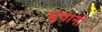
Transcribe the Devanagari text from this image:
भुवानी